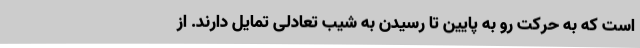
است که به حرکت رو به پایین تا رسیدن به شیب تعادلی تمایل دارند. از